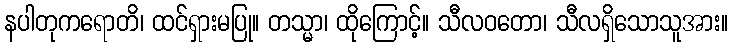
နပါတုကရောတိ၊ ထင်ရှားမပြု။ တသ္မာ၊ ထိုကြောင့်။ သီလဝတော၊ သီလရှိသောသူအား။